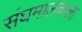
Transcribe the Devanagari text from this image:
संघमालकला